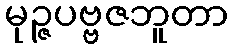
မုဉ္ဇပဗ္ဗဇဘူတာ